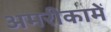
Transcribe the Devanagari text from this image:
अमरीकामें